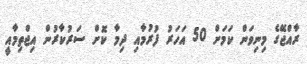
ރާއްޖޭގެ މިނިވަން ކަމަށް 50 އަހަރު ފުރުމާއި ދިމާ ކޮށް ސަރުކާރުން އިޖްތިމާއީ